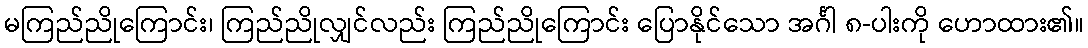
မကြည်ညိုကြောင်း၊ ကြည်ညိုလျှင်လည်း ကြည်ညိုကြောင်း ပြောနိုင်သော အင်္ဂါ ၈-ပါးကို ဟောထား၏။